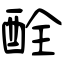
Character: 酫